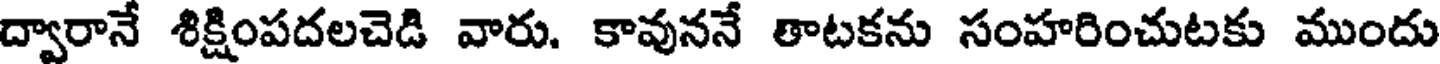
ద్వారానే శిక్షింపదలచెడి వారు. కావుననే తాటకను సంహరించుటకు ముందు